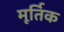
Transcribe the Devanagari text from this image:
मूर्तिक